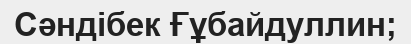
Сәндібек Ғұбайдуллин;